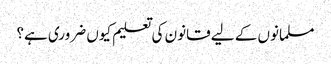
مسلمانوں کے لیے قانون کی تعلیم کیوں ضروری ہے؟